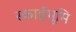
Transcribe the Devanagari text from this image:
स्काईभूमि